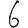
Digit: 6